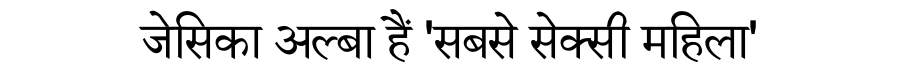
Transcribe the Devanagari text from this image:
जेसिका अल्बा हैं 'सबसे सेक्सी महिला'